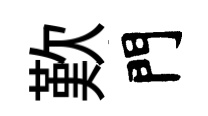
歎門